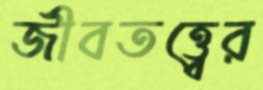
জীবতত্ত্বের